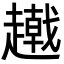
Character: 𧾂